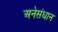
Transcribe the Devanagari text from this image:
अनेसंधान